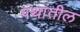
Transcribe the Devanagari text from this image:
पंथांतील